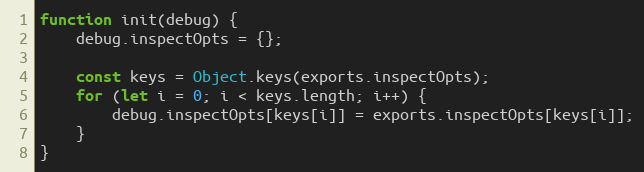
Language: JavaScript
function init(debug) {
	debug.inspectOpts = {};

	const keys = Object.keys(exports.inspectOpts);
	for (let i = 0; i < keys.length; i++) {
		debug.inspectOpts[keys[i]] = exports.inspectOpts[keys[i]];
	}
}